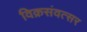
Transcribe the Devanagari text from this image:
विक्रसंवत्सर